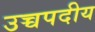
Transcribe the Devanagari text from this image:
उच्चपदीय